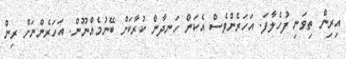
އިރިން ތިވަނި ފުހެލާފަ. އަހަރެންވެސް އެކަން ހަނދާން ކުރާކަށް ބޭނުމެއްނޫން. އަހަރެންނަށް ރިން